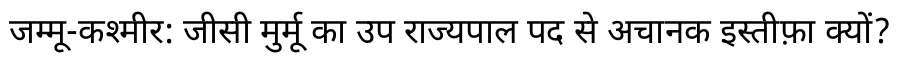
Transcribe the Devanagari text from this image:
जम्मू-कश्मीर: जीसी मुर्मू का उप राज्यपाल पद से अचानक इस्तीफ़ा क्यों?